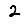
Digit: 2